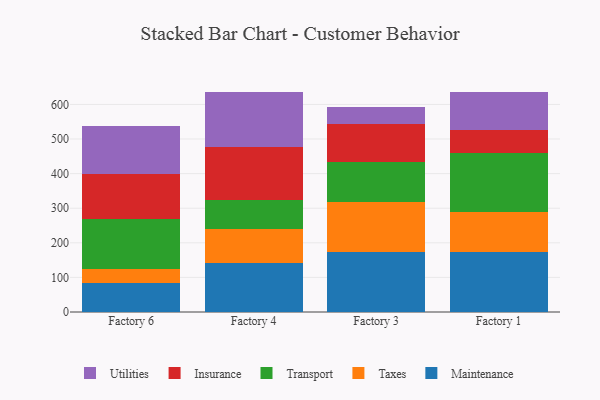
{"axis": {"x": "Factory", "y": "Tickets Resolved"}, "legend": ["Insurance", "Maintenance", "Taxes", "Transport", "Utilities"], "data": [{"x": "Factory 6", "y": 84.1, "type": "Maintenance"}, {"x": "Factory 6", "y": 39.1, "type": "Taxes"}, {"x": "Factory 6", "y": 146.2, "type": "Transport"}, {"x": "Factory 6", "y": 130.6, "type": "Insurance"}, {"x": "Factory 6", "y": 137.7, "type": "Utilities"}, {"x": "Factory 4", "y": 141.6, "type": "Maintenance"}, {"x": "Factory 4", "y": 97.6, "type": "Taxes"}, {"x": "Factory 4", "y": 83.6, "type": "Transport"}, {"x": "Factory 4", "y": 153.5, "type": "Insurance"}, {"x": "Factory 4", "y": 159.3, "type": "Utilities"}, {"x": "Factory 3", "y": 174.5, "type": "Maintenance"}, {"x": "Factory 3", "y": 144.1, "type": "Taxes"}, {"x": "Factory 3", "y": 115.1, "type": "Transport"}, {"x": "Factory 3", "y": 109.1, "type": "Insurance"}, {"x": "Factory 3", "y": 48.8, "type": "Utilities"}, {"x": "Factory 1", "y": 172.1, "type": "Maintenance"}, {"x": "Factory 1", "y": 115.6, "type": "Taxes"}, {"x": "Factory 1", "y": 170.7, "type": "Transport"}, {"x": "Factory 1", "y": 67.5, "type": "Insurance"}, {"x": "Factory 1", "y": 111.2, "type": "Utilities"}]}